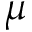
\mu